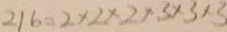
2 1 6 = 2 \times 2 \times 2 \times 3 \times 3 \times 3